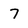
Character: 7